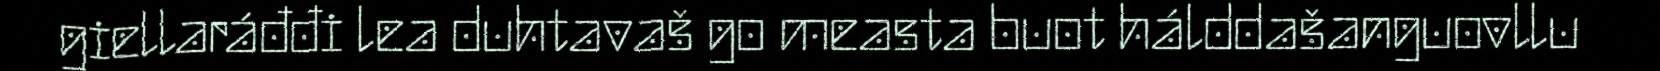
giellaráđđi lea duhtavaš go measta buot hálddašanguovllu